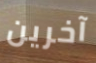
آخرين